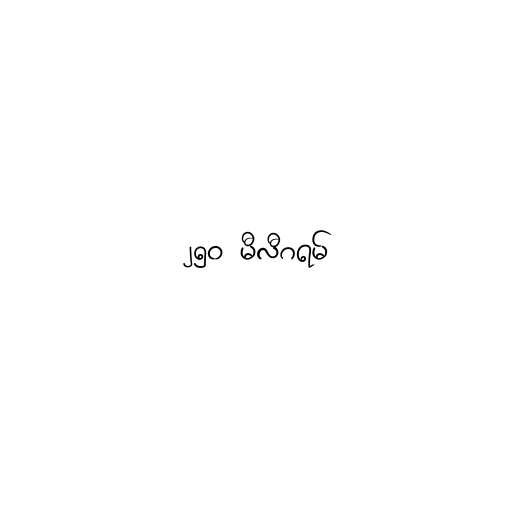
၂၅၀ မီလီဂရမ်